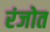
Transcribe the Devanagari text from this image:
रंजोत